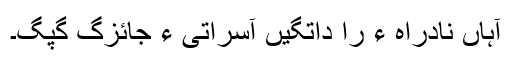
آہاں نادراہ ءَ را داتگیں آسراتی ءِ جائزگ گپگ۔